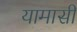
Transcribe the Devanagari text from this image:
यामासी